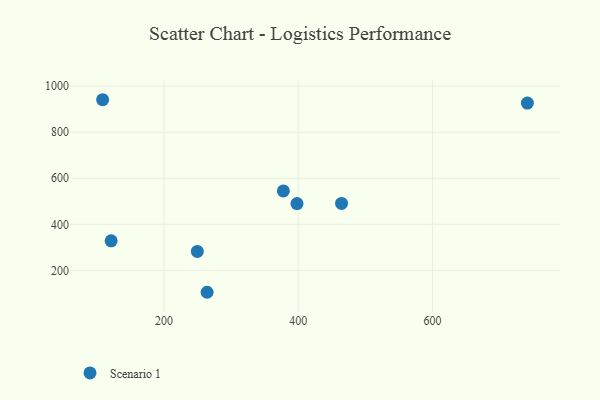
{"axis": {"x": "Experience", "y": "Rating"}, "legend": ["Scenario 1"], "data": [{"x": "108.6", "y": 941.1, "type": "Scenario 1"}, {"x": "464.6", "y": 490.6, "type": "Scenario 1"}, {"x": "398.2", "y": 490.0, "type": "Scenario 1"}, {"x": "264.3", "y": 105.0, "type": "Scenario 1"}, {"x": "377.9", "y": 544.9, "type": "Scenario 1"}, {"x": "249.7", "y": 282.2, "type": "Scenario 1"}, {"x": "741.5", "y": 926.6, "type": "Scenario 1"}, {"x": "121.3", "y": 328.6, "type": "Scenario 1"}]}